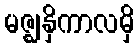
မဇ္ဈနှိကာလမှိ